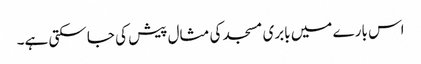
اس بارے میں بابری مسجد کی مثال پیش کی جا سکتی ہے۔